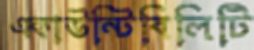
একাউন্টিবিলিটি